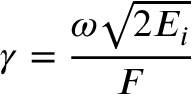
\gamma = { \frac { \omega { \sqrt { 2 E _ { i } } } } { F } }